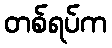
တစ်ရပ်က